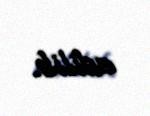
edilib.